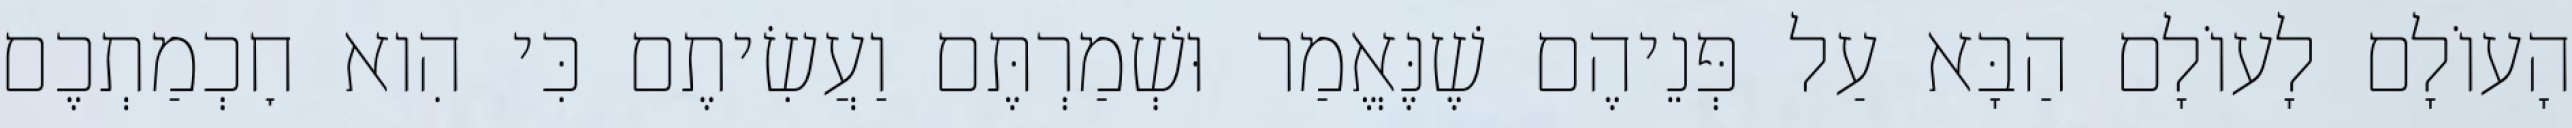
הָעוֹלָם לָעוֹלָם הַבָּא עַל פְּנֵיהֶם שֶׁנֶּאֱמַר וּשְׁמַרְתֶּם וַעֲשִׂיתֶם כִּי הִוא חׇכְמַתְכֶם